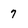
Character: 7